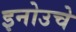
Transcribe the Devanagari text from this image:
इनोउचे